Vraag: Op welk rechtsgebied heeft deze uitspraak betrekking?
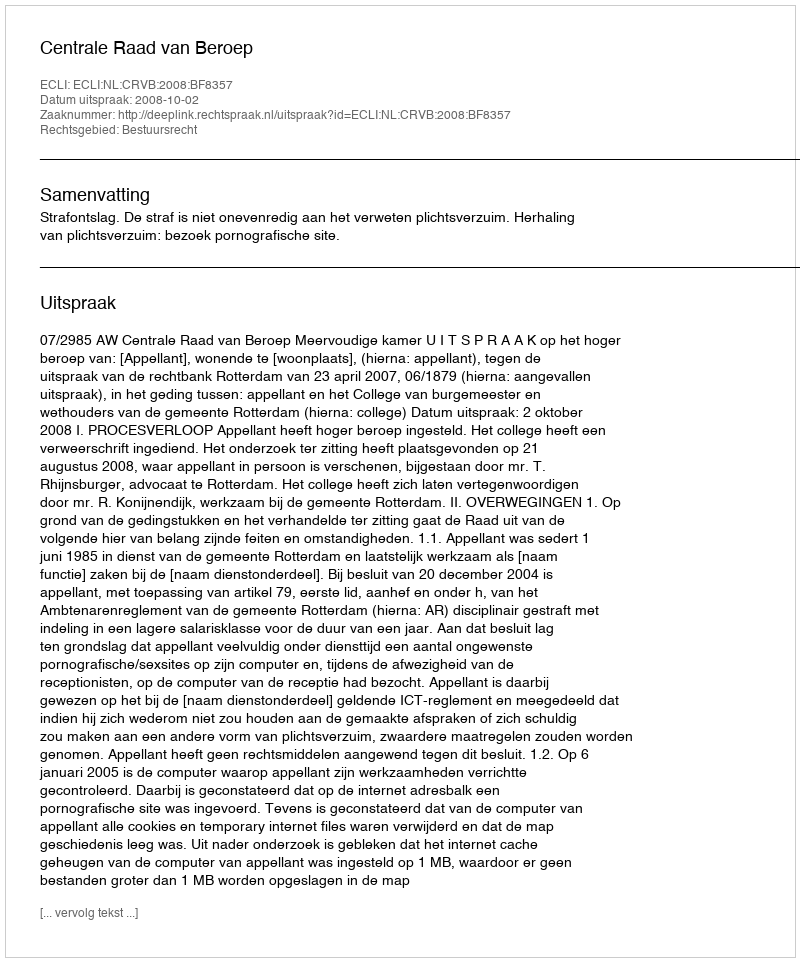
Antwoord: Bestuursrecht